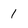
Character: 1